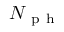
N _ { \mathrm { ~ p ~ h ~ } }